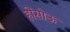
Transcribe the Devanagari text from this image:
होंसोऊ